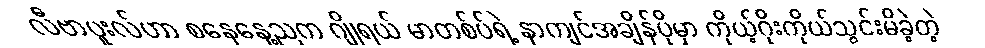
လီဗာပူးလ်ဟာ စနေနေ့ညက ဂျိုရယ် မာတစ်ပ်ရဲ့ နာကျင်အချိန်ပိုမှာ ကိုယ့်ဂိုးကိုယ်သွင်းမိခဲ့တဲ့